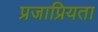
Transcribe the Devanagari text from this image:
प्रजाप्रियता